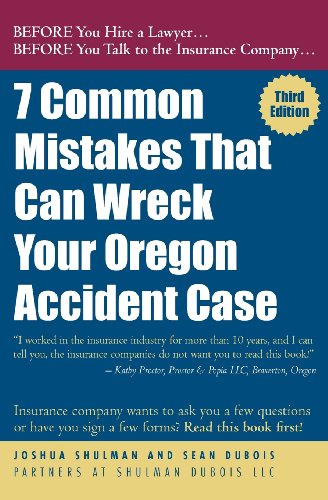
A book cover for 7 Common Mistakes That Can Wreck Your Oregon Accident Case 3rd Ed.; Joshua Shulman; Law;